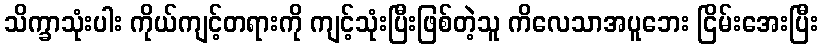
သိက္ခာသုံးပါး ကိုယ်ကျင့်တရားကို ကျင့်သုံးပြီးဖြစ်တဲ့သူ ကိလေသာအပူဘေး ငြိမ်းအေးပြီး